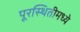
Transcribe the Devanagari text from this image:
पूरस्थितीमध्ये